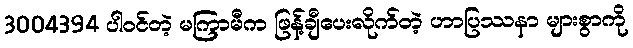
3004394 ပါ၀င်တဲ့ မကြာမီက ဖြန့်ချီပေးလိုက်တဲ့ ဟာပြဿနာ များစွာကို